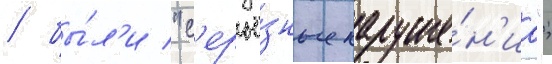
/ бы́л'и "с'ерьё́зные наруше́н'иа";